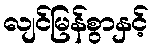
လျင်မြန်စွာနှင့်